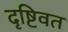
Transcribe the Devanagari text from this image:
दृष्टिवत